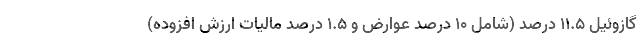
گازوئیل 11.5 درصد (شامل 10 درصد عوارض و 1.5 درصد مالیات ارزش افزوده)